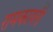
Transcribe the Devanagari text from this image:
रामकायरी